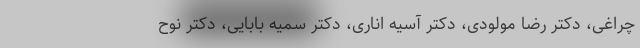
چراغی، دکتر رضا مولودی، دکتر آسیه اناری، دکتر سمیه بابایی، دکتر نوح